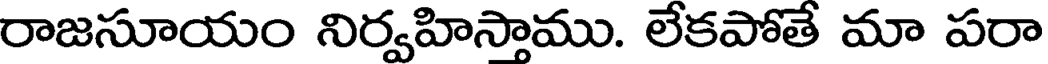
రాజసూయం నిర్వహిస్తాము. లేకపోతే మా పరా